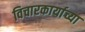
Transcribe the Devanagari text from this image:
विचारकार्याच्या